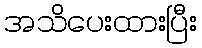
အသိပေးထားပြီး